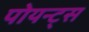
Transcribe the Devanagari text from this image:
पोयन्ट्‌स